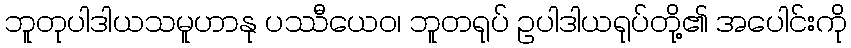
ဘူတုပါဒါယသမူဟာနု ပဿီယေဝ၊ ဘူတရုပ် ဥပါဒါယရုပ်တို့၏ အပေါင်းကို